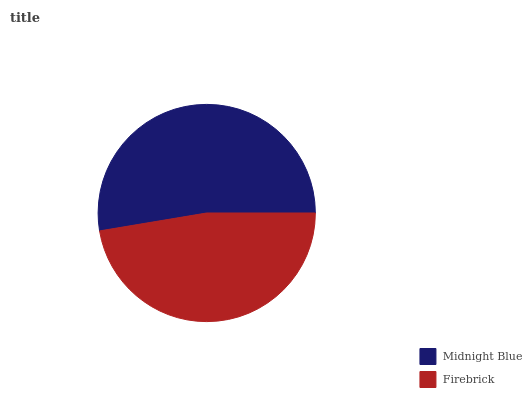
| Midnight Blue | Firebrick |
 | --- | --- |
 | 52.6% | 47.4% |